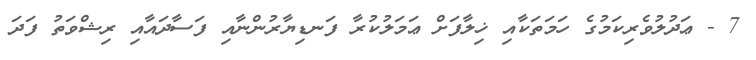
7 - ޢަދުލުވެރިކަމުގެ ހަމަތަކާއި ޚިލާފަށް ޢަމަލުކުރާ ފަނޑިޔާރުންނާއި ފަސާދައާއި ރިޝްވަތު ފަދަ